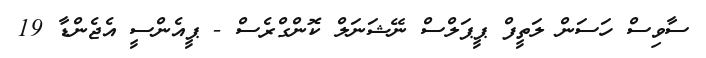
ސާވިސް ހަސަން ލަތީފް ޕީޕަލްސް ނޭޝަނަލް ކޮންގްރެސް - ޕީއެންސީ އެޖެންޑާ 19